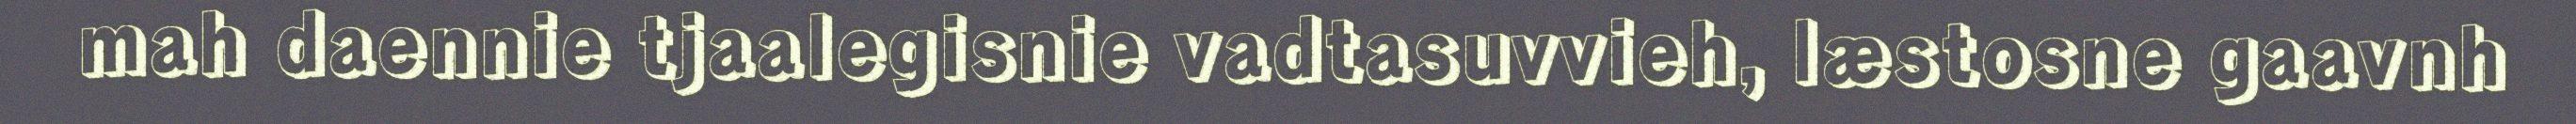
mah daennie tjaalegisnie vadtasuvvieh, læstosne gaavnh